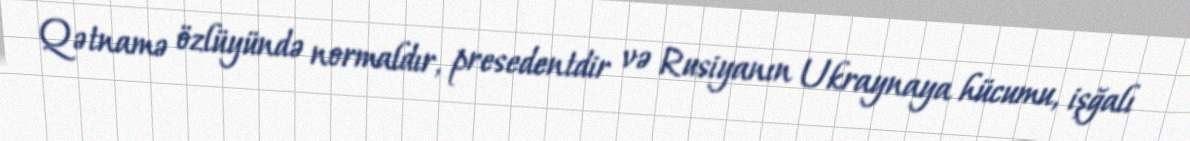
Qətnamə özlüyündə normaldır, presedentdir və Rusiyanın Ukraynaya hücumu, işğalı